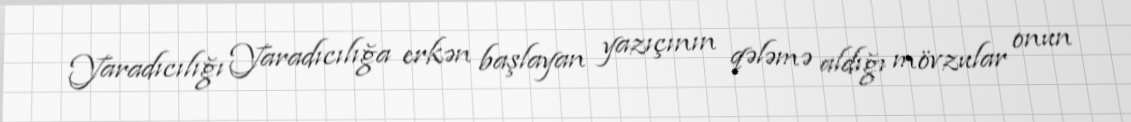
Yaradıcılığı Yaradıcılığa erkən başlayan yazıçının qələmə aldığı mövzular onun